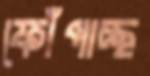
ফোঁপাচ্ছ